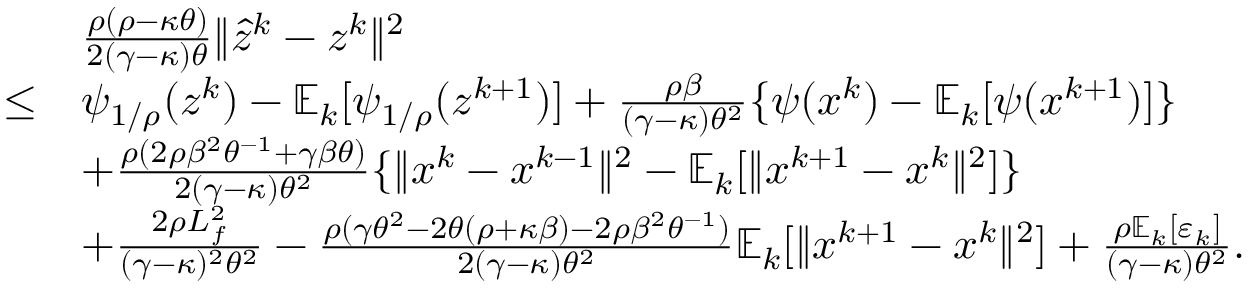
\begin{array} { r l } & { \frac { \rho ( \rho - \kappa \theta ) } { 2 ( \gamma - \kappa ) \theta } \| \hat { z } ^ { k } - z ^ { k } \| ^ { 2 } } \\ { \leq } & { \psi _ { 1 / \rho } ( z ^ { k } ) - \mathbb { E } _ { k } [ \psi _ { 1 / \rho } ( z ^ { k + 1 } ) ] + \frac { \rho \beta } { ( \gamma - \kappa ) \theta ^ { 2 } } \{ \psi ( x ^ { k } ) - \mathbb { E } _ { k } [ \psi ( x ^ { k + 1 } ) ] \} } \\ & { + \frac { \rho ( 2 \rho \beta ^ { 2 } \theta ^ { - 1 } + \gamma \beta \theta ) } { 2 ( \gamma - \kappa ) \theta ^ { 2 } } \{ \| x ^ { k } - x ^ { k - 1 } \| ^ { 2 } - \mathbb { E } _ { k } [ \| x ^ { k + 1 } - x ^ { k } \| ^ { 2 } ] \} } \\ & { + \frac { 2 \rho L _ { f } ^ { 2 } } { ( \gamma - \kappa ) ^ { 2 } \theta ^ { 2 } } - \frac { \rho ( \gamma \theta ^ { 2 } - 2 \theta ( \rho + \kappa \beta ) - 2 \rho \beta ^ { 2 } \theta ^ { - 1 } ) } { 2 ( \gamma - \kappa ) \theta ^ { 2 } } \mathbb { E } _ { k } [ \| x ^ { k + 1 } - x ^ { k } \| ^ { 2 } ] + \frac { \rho \mathbb { E } _ { k } [ \varepsilon _ { k } ] } { ( \gamma - \kappa ) \theta ^ { 2 } } . } \end{array}